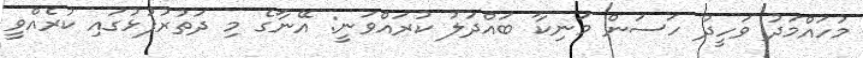
މުހައްމަދު ވަހީދު ހަސަން މަނިކާ ބައްދަލު ކުރައްވަނީ: އޭނާގެ މި ދަތުރުފުޅުގައި ކުރެއްވީ